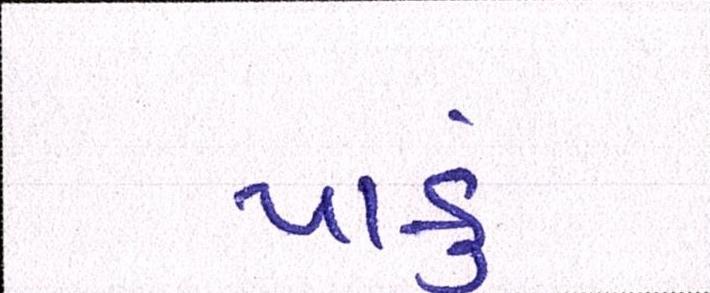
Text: પાકું